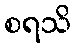
စရသိ